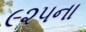
૯૨૫ના